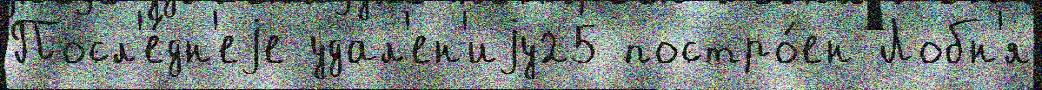
Посл'е́дн'еjе удал'ен'иjу25 постро́ен Лобн'я